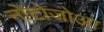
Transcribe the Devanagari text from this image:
नोटोजोआ